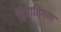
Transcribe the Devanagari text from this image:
द्विजातिगण